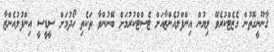
ޤާނޫނީގޮތުން ގެޒެޓްކުރެވޭ ލިޔުން އިންފްލުއެންޒާއަށް ޓެސްޓްކުރުމަށް ބޭނުންވާ ތަކެތި ހޯދުމަށް ސީޑީސީ އިންފުލުއެންޒާ